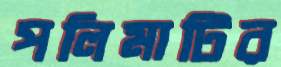
পলিমাটির